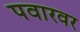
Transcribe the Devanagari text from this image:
पवारवर